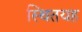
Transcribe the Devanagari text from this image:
स्थितयह